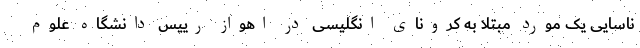
ناسایی یک مورد مبتلا به کرونای انگلیسی در اهواز رییس دانشگاه علوم